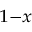
_ { 1 - x }